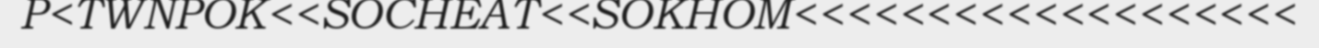
P<TWNPOK<<SOCHEAT<<SOKHOM<<<<<<<<<<<<<<<<<<<